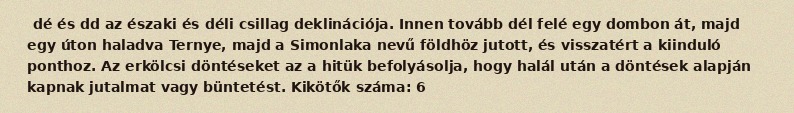
dé és dd az északi és déli csillag deklinációja. Innen tovább dél felé egy dombon át, majd egy úton haladva Ternye, majd a Simonlaka nevű földhöz jutott, és visszatért a kiinduló ponthoz. Az erkölcsi döntéseket az a hitük befolyásolja, hogy halál után a döntések alapján kapnak jutalmat vagy büntetést. Kikötők száma: 6